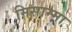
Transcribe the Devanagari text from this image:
मिसाम्मा